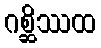
ဂစ္ဆိဿထ